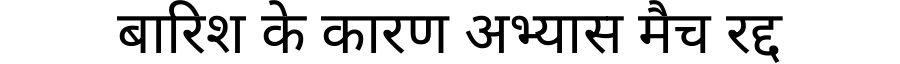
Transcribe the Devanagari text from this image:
बारिश के कारण अभ्यास मैच रद्द